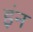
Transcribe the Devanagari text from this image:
इंन